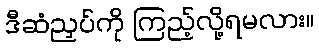
ဒီဆံညှပ်ကို ကြည့်လို့ရမလား။